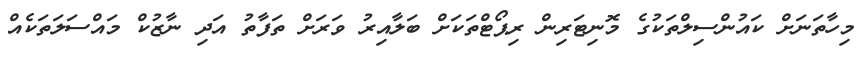
މިހާތަނަށް ކައުންސިލްތަކުގެ މޮނިޓަރިން ރިޕޯޓްތަކަށް ބަލާއިރު ވަރަށް ތަފާތު އަދި ނާޒުކް މައްސަލަތަކެއް